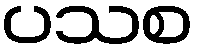
ပသစ